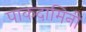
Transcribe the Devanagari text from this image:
पाकदामिनी